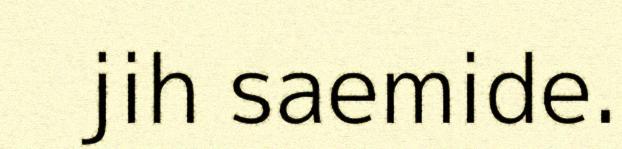
jih saemide.